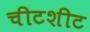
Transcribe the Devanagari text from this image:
चीटशीट